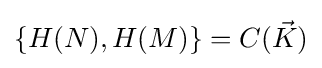
\{H(N),H(M)\}=C({\vec {K}})